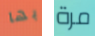
بها مرة